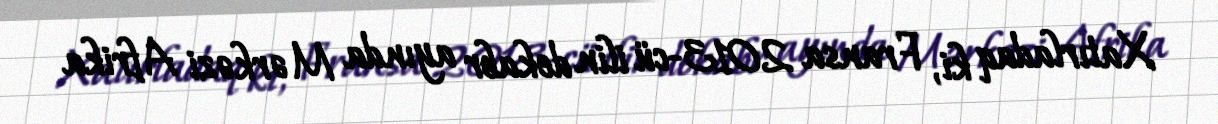
Xatırladaq ki, Fransa 2013-cü ilin dekabr ayında Mərkəzi Afrika